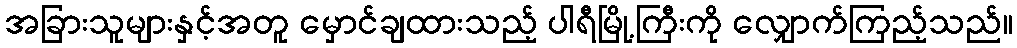
အခြားသူများနှင့်အတူ မှောင်ချထားသည့် ပါရီမြို့ကြီးကို လျှောက်ကြည့်သည်။